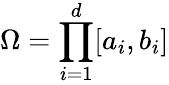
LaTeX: \Omega=\prod_{i=1}^{d}[a_{i},b_{i}]